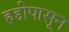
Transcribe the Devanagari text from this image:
हद्दीपासून